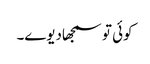
کوئی تو سمجھادیوے۔